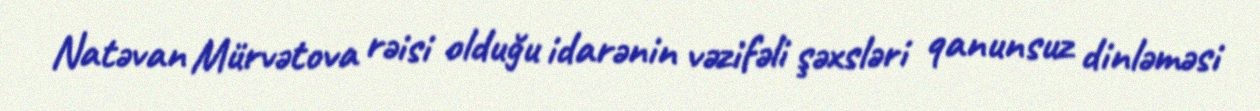
Natəvan Mürvətova rəisi olduğu idarənin vəzifəli şəxsləri qanunsuz dinləməsi